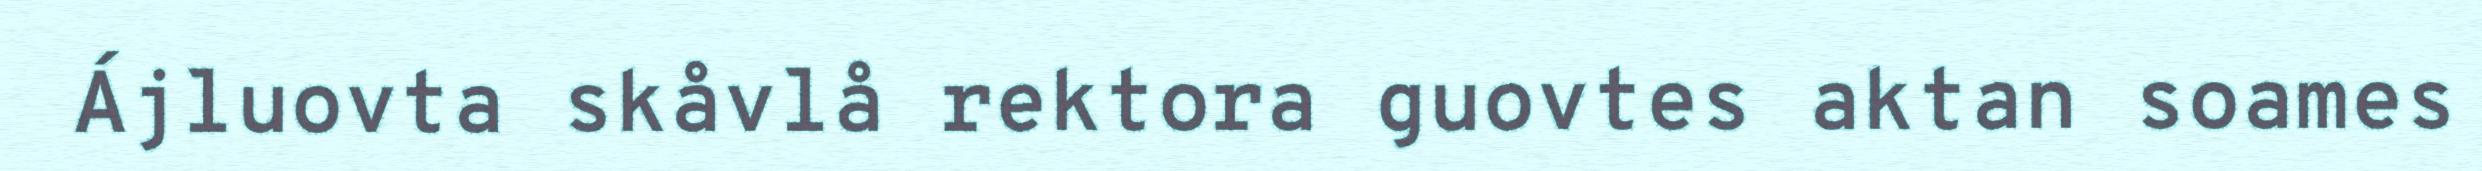
Ájluovta skåvlå rektora guovtes aktan soames